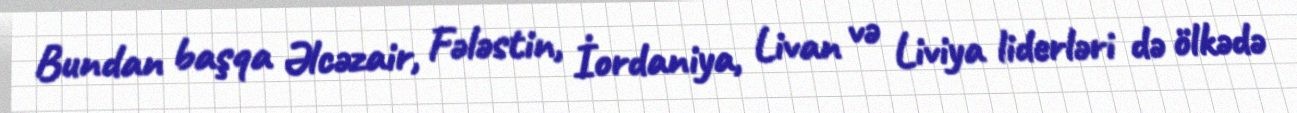
Bundan başqa Əlcəzair, Fələstin, İordaniya, Livan və Liviya liderləri də ölkədə